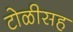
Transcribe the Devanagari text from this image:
टोळीसह